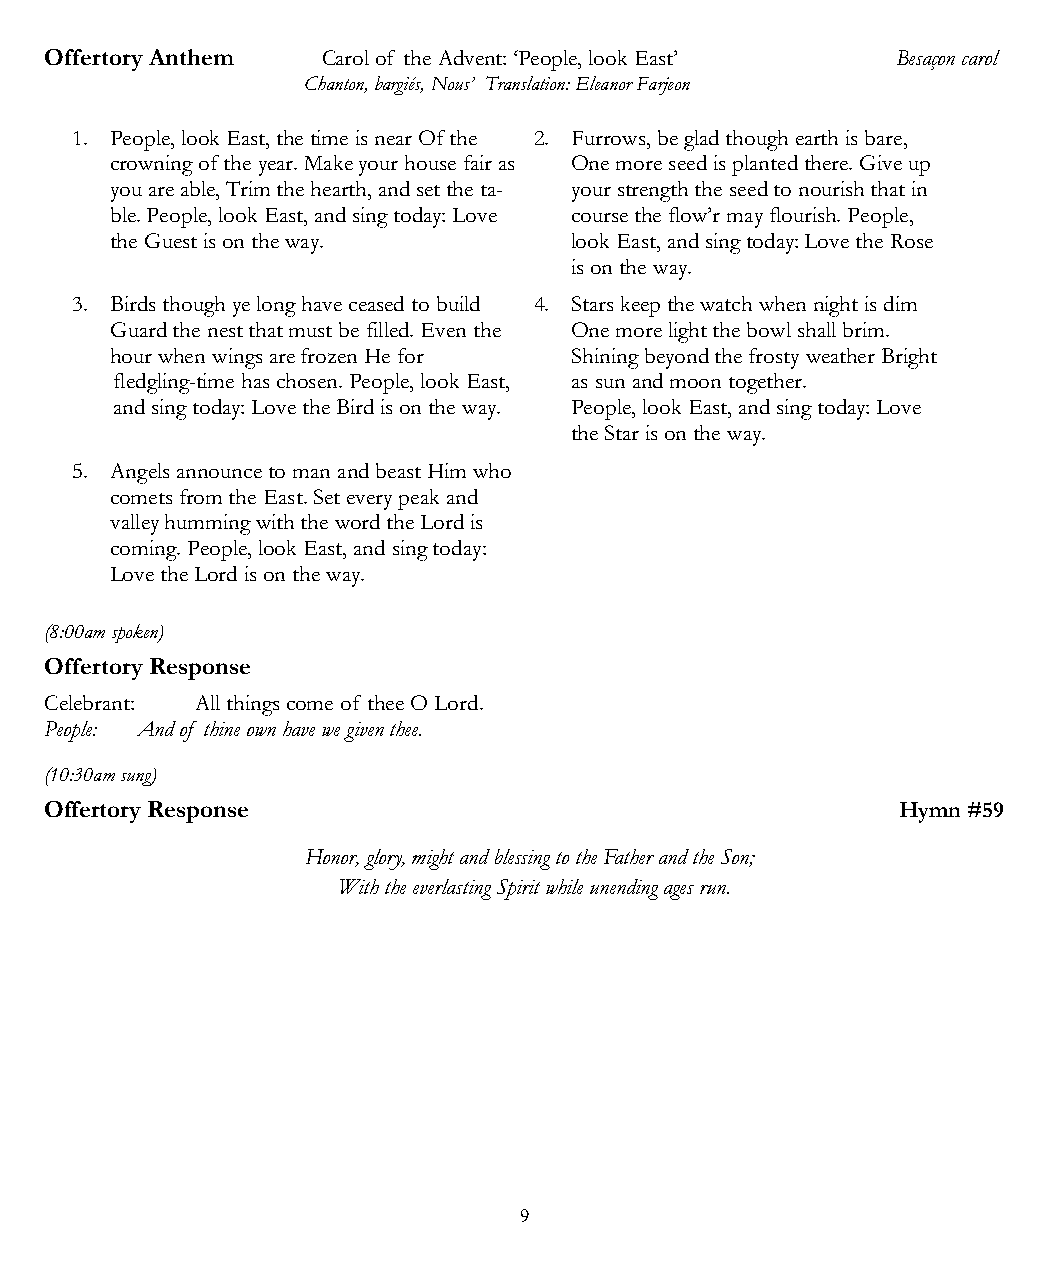
Offe rtory Anthem Carol of the Advent: ‘People, look East’ Besaçon carol
 Chanton, bargiés, Nous’ Translation: Eleanor Farjeon
 1. People, look East, the time is near Of the 2. Furrows, be glad though earth is bare,
 crowning of the year. Make your house fair as One more seed is planted there. Give up
 you are able, Trim the hearth, and set the ta- your strength the seed to nourish that in
 ble. People, look East, and sing today: Love course the flow’r may flourish. People,
 the Guest is on the way.       look East, and sing today: Love the Rose
 is on the way.
 3. Birds though ye long have ceased to build 4. Stars keep the watch when night is dim
 Guard the nest that must be filled. Even the One more light the bowl shall brim.
 hour when wings are frozen He for Shining beyond the frosty weather Bright
 fledgling-time has chosen. People, look East, as sun and moon together.
 and sing today: Love the Bird is on the way. People, look East, and sing today: Love
 the Star is on the way.
 5. Angels announce to man and beast Him who
 comets from the East. Set every peak and
 valley humming with the word the Lord is
 coming. People, look East, and sing today:
 Love the Lord is on the way.
 (8:00am spoken)
 Offertory Response
 Celebrant: All things come of thee O Lord.
 People: And of thine own have we given thee.
 (10:30am sung)
 Offertory Response                                       Hymn #59
 Honor, glory, might and blessing to the Father and the Son;
 With the everlasting Spirit while unending ages run.
 9